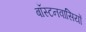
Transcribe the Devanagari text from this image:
बॉस्टनवासियों